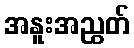
အနူးအညွတ်